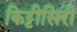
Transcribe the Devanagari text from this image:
किट्टीसिरी